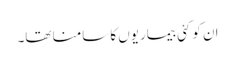
ان کو کئی بیماریوں کا سامنا تھا۔